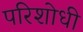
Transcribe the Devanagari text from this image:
परिशोधी